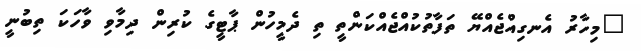
"މިހާރު އެނގިއްޖެއްޔޭ ތަފާތުކުއްޖެއްކަންތީ ތި ދެމީހުން ޕާޓީގެ ކުރިން ދިމާވި ވާހަކަ ތިބުނީ